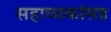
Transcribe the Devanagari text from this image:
सहाय्यकांसह